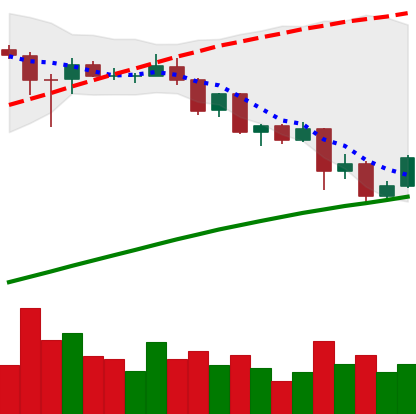
Ticker: ADA-USD
Chart end date: 2020-08-29
Forward return: -17.614%
Label: down_7plus